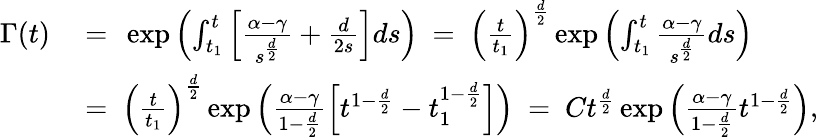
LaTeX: \begin{array}{rl}{\Gamma(t)\ }&{=\ \exp\left(\int_{t_{1}}^{t}\left[\frac{\alpha-\gamma}{s^{\frac{d}{2}}}+\frac{d}{2s}\right]ds\right)\ =\ \left(\frac{t}{t_{1}}\right)^{\frac{d}{2}}\exp\left(\int_{t_{1}}^{t}\frac{\alpha-\gamma}{s^{\frac{d}{2}}}ds\right)}\\ &{=\ \left(\frac{t}{t_{1}}\right)^{\frac{d}{2}}\exp\left(\frac{\alpha-\gamma}{1-\frac{d}{2}}\left[t^{1-\frac{d}{2}}-t_{1}^{1-\frac{d}{2}}\right]\right)\ =\ Ct^{\frac{d}{2}}\exp\left(\frac{\alpha-\gamma}{1-\frac{d}{2}}t^{1-\frac{d}{2}}\right),}\end{array}